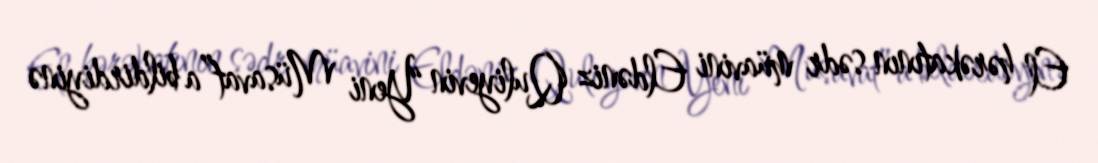
El hərəkatının sədr müavini Eldəniz Quliyevin “Yeni Müsavat”a bildirdiyinə